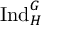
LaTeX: { \mathrm { I n d } } _ { H } ^ { G }